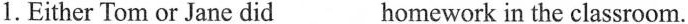
1.Either Tom or Jane did____homework in the classroom.